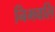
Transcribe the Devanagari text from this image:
निभवलि